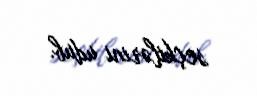
seçkilərini udub.